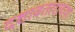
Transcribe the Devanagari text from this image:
दशावताराच्या